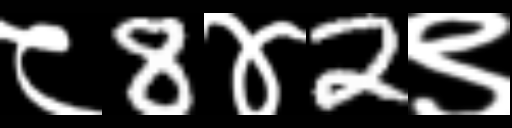
Text: ८8४2९